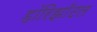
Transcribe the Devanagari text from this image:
हॉरिझाँटल